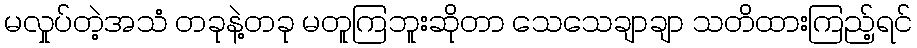
မလှုပ်တဲ့အသံ တခုနဲ့တခု မတူကြဘူးဆိုတာ သေသေချာချာ သတိထားကြည့်ရင်